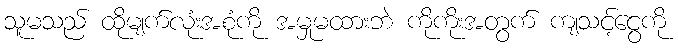
သူမသည် ထိုမျက်လုံးအစုံကို အမှုမထားဘဲ ကိုကိုးအတွက် ကျသင့်ငွေကို